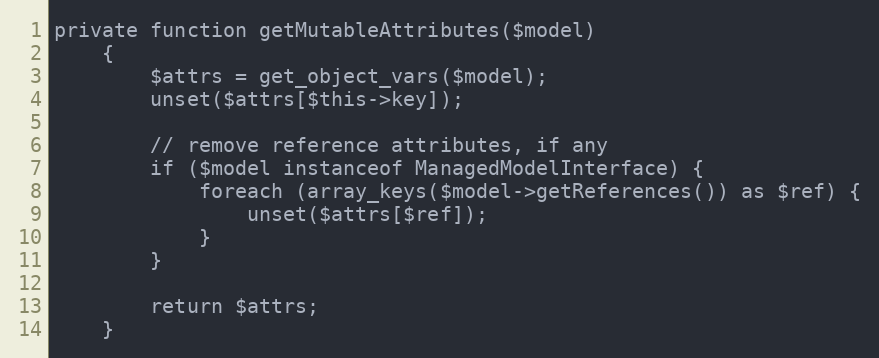
Language: PHP
private function getMutableAttributes($model)
    {
        $attrs = get_object_vars($model);
        unset($attrs[$this->key]);

        // remove reference attributes, if any
        if ($model instanceof ManagedModelInterface) {
            foreach (array_keys($model->getReferences()) as $ref) {
                unset($attrs[$ref]);
            }
        }

        return $attrs;
    }